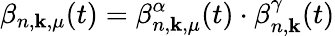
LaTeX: \beta_{n,\mathbf{k},\mu}(t)=\beta_{n,\mathbf{k},\mu}^{\alpha}(t)\cdot\beta_{n,\mathbf{k}}^{\gamma}(t)